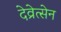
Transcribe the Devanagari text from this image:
देव्रेत्सेन